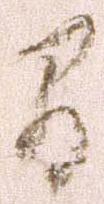
間